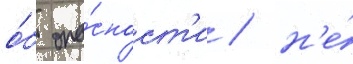
о́б опа́сност'и / н'е́